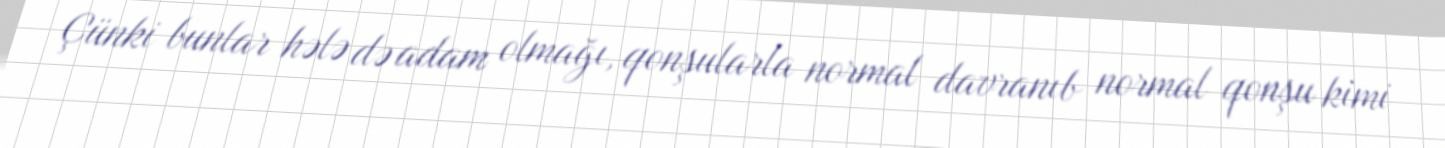
Çünki bunlar hələ də adam olmağı, qonşularla normal davranıb normal qonşu kimi